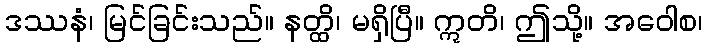
ဒဿနံ၊ မြင်ခြင်းသည်။ နတ္ထိ၊ မရှိပြီ။ ဣတိ၊ ဤသို့။ အဝေါစ၊